Indian journal of veterinary science and animal husbandry - Volume 1,
Year: 1931
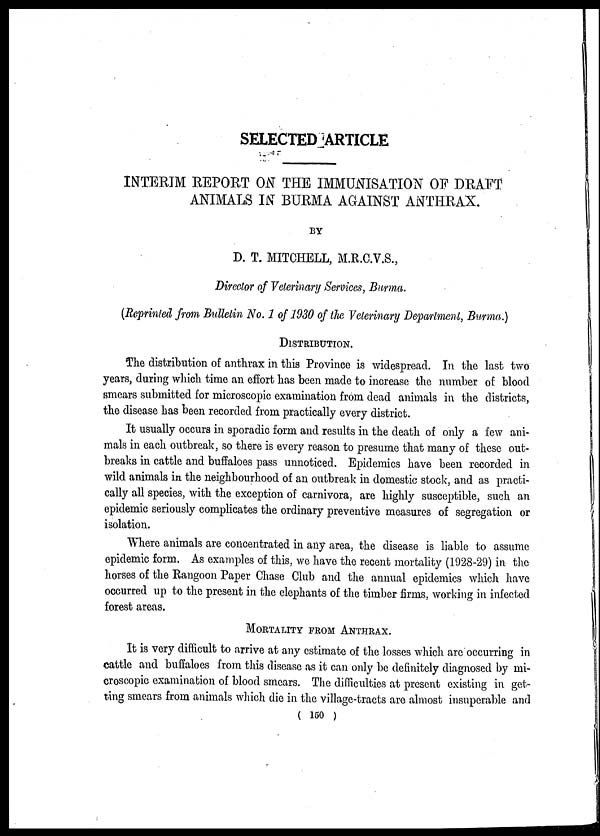
SELECTED ARTICLE
INTERIM REPORT ON THE IMMUNISATION OF DRAFT
ANIMALS IN BURMA AGAINST ANTHRAX.
BY
D. T. MITCHELL, M.R.C.V.S.,
Director of Veterinary Services, Burma.
(Reprinted from Bulletin No. 1 of 1930 of the Veterinary Department, Burma.)
DISTRIBUTION.
The distribution of anthrax in this Province is widespread. In the last two
years, during which time an effort has been made to increase the number of blood
smears submitted for microscopic examination from dead animals in the districts,
the disease has been recorded from practically every district.
It usually occurs in sporadic form and results in the death of only a few ani-
mals in each outbreak, so there is every reason to presume that many of these out-
breaks in cattle and buffaloes pass unnoticed. Epidemics have been recorded in
wild animals in the neighbourhood of an outbreak in domestic stock, and as practi-
cally all species, with the exception of carnivora, are highly susceptible, such an
epidemic seriously complicates the ordinary preventive measures of segregation or
isolation.
Where animals are concentrated in any area, the disease is liable to assume
epidemic form. As examples of this, we have the recent mortality (1928-29) in the
horses of the Rangoon Paper Chase Club and the annual epidemics which have
occurred up to the present in the elephants of the timber firms, working in infected
forest areas.
MORTALITY FROM ANTHRAX.
It is very difficult to arrive at any estimate of the losses which are occurring in
cattle and buffaloes from this disease as it can only be definitely diagnosed by mi-
croscopic examination of blood smears. The difficulties at present existing in get-
ting smears from animals which die in the village-tracts are almost insuperable and
( 150 )